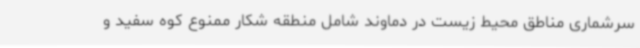
سرشماری مناطق محیط زیست در دماوند شامل منطقه شکار ممنوع کوه سفید و